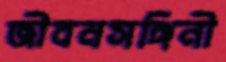
জীবনসঙ্গিনী